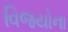
વિજયોના